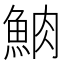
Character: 𩶩